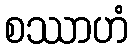
စဿာဟံ